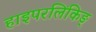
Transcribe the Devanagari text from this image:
हाइपरलिंकिङ्